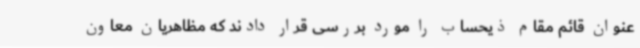
عنوان قائم مقام ذیحساب را مورد بررسی قرار دادند که مظاهریان معاون